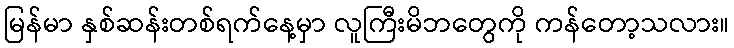
မြန်မာ နှစ်ဆန်းတစ်ရက်နေ့မှာ လူကြီးမိဘတွေကို ကန်တော့သလား။